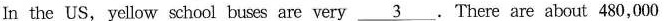
In the US,yellow school buses are very\underline{3} . There are about 480,000